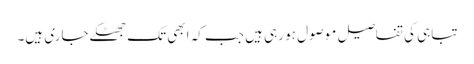
تباہی کی تفاصیل موصول ہو رہی ہیں جب کہ ابھی تک جھٹکے جاری ہیں۔